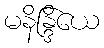
မနိန္ဒြိယေ